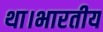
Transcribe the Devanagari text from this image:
था।भारतीय